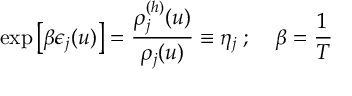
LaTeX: \exp \left[ \beta \epsilon _ { j } ( u ) \right] = \frac { \rho _ { j } ^ { ( h ) } ( u ) } { \rho _ { j } ( u ) } \equiv \eta _ { j } \; ; \; \; \; \; \beta = \frac { 1 } { T }